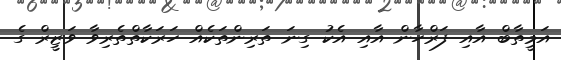
އަމީތާބް އާއި ފަރްހާން އާއި އެކު ގިނަ ތަރިންތަކެއް ހަރަކާތްތެރިވާ ވަޒީރް ގެ